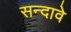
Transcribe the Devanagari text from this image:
सन्दावे